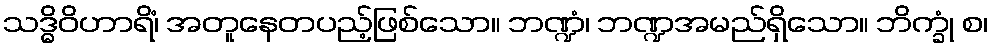
သဒ္ဓိဝိဟာရိံ၊ အတူနေတပည့်ဖြစ်သော။ ဘဏ္ဍံ၊ ဘဏ္ဍအမည်ရှိသော။ ဘိက္ခုံ စ၊